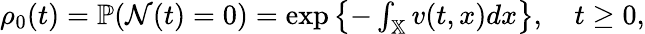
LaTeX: \begin{array}{r}{\rho_{0}(t)=\mathbb{P}(\mathcal{N}(t)=0)=\exp\left\{ -\int_{\mathbb{X}}v(t,x)dx\right\} ,\quad t\geq 0,}\end{array}